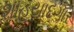
શાહયાદગાર